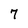
Character: 7